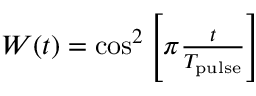
\begin{array} { r } { W ( t ) = \cos ^ { 2 } \left[ \pi \frac { t } { T _ { \mathrm { p u l s e } } } \right] } \end{array}